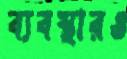
ব্যবস্থারও